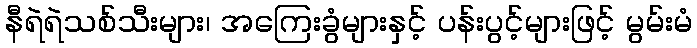
နီရဲရဲသစ်သီးများ၊ အကြေးခွံများနှင့် ပန်းပွင့်များဖြင့် မွမ်းမံ